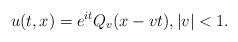
LaTeX: \begin{align*}u(t,x)=e^{it}Q_v(x-vt),|v|<1.\end{align*}